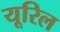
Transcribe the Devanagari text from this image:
यूरिल